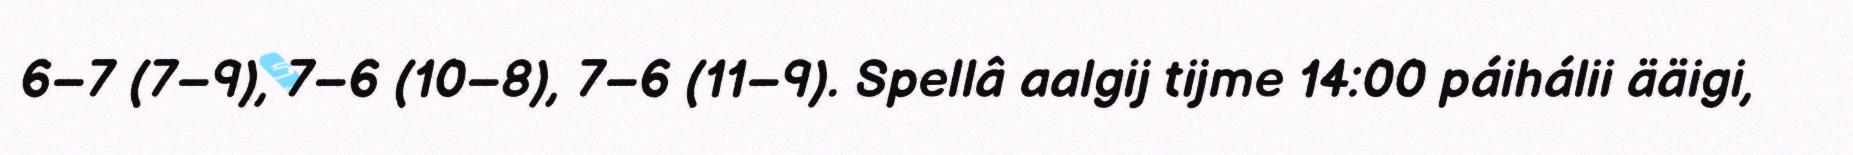
6–7 (7–9), 7–6 (10–8), 7–6 (11–9). Spellâ aalgij tijme 14:00 páihálii ääigi,